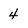
Character: 4